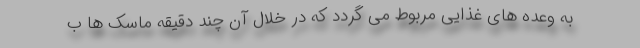
به وعده های غذایی مربوط می گردد که در خلال آن چند دقیقه ماسک ها ب